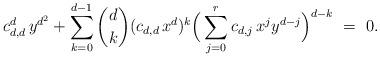
LaTeX: \begin{align*}c_{d,d}^d{\,}y^{d^2}+\sum_{k=0}^{d-1}{d\choose k}(c_{d,d}{\,}x^d)^k\Big(\sum_{j=0}^r c_{d,j}{\,}x^jy^{d-j}\Big)^{d-k} ~=~ 0.\end{align*}